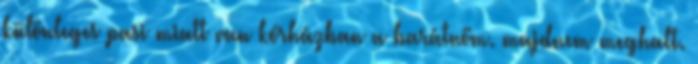
különleges pasi miatt van kórházban a barátnőm. majdnem meghalt.